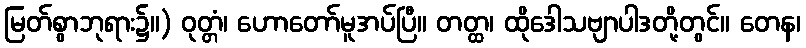
မြတ်စွာဘုရား၌။) ဝုတ္တံ၊ ဟောတော်မူအပ်ပြီ။ တတ္ထ၊ ထိုဒေါသဗျာပါဒတို့တွင်။ တေန၊